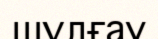
шұлғау